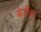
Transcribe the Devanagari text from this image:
बेर्डेंचा